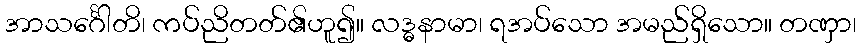
အာသင်္ဂေါတိ၊ ကပ်ညိတတ်၏ဟူ၍။ လဒ္ဓနာမာ၊ ရအပ်သော အမည်ရှိသော။ တဏှာ၊